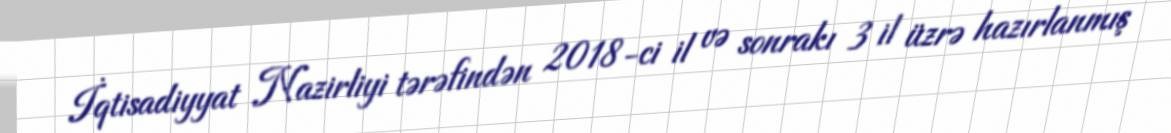
İqtisadiyyat Nazirliyi tərəfindən 2018-ci il və sonrakı 3 il üzrə hazırlanmış